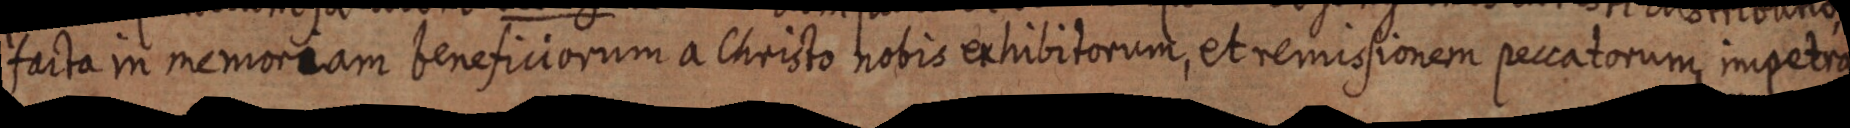
facta in memoriam beneficiorum a Christo nobis exhibitorum, et remissionem peccatorum impetra